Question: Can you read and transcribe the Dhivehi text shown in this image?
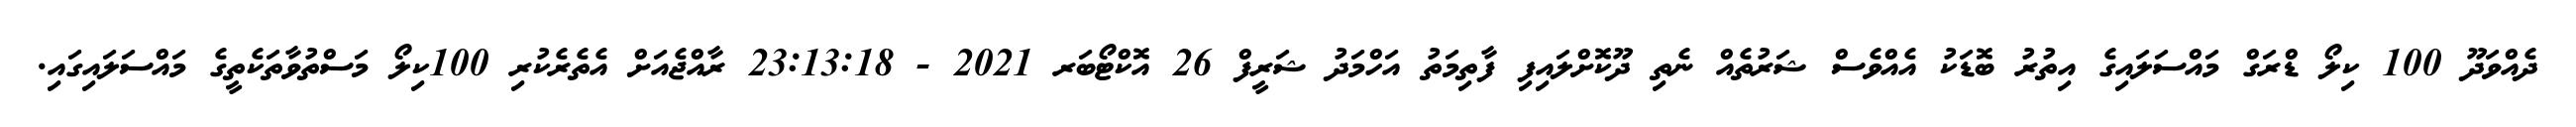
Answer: ދެއްވަދޫ 100 ކިލޯ ޑްރަގް މައްސަލައިގެ އިތުރު ބޮޑަކު އެއްވެސް ޝަރުތެއް ނެތި ދޫކޮށްލައިފި ފާތިމަތު އަހްމަދު ޝަރީފް 26 އޮކްޓޯބަރ 2021 - 23:13:18 ރާއްޖެއަށް އެތެރެކުރި 100ކިލޯ މަސްތުވާތަކެތީގެ މައްސަލައިގައި.